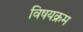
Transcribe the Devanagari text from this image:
विषयक्रम